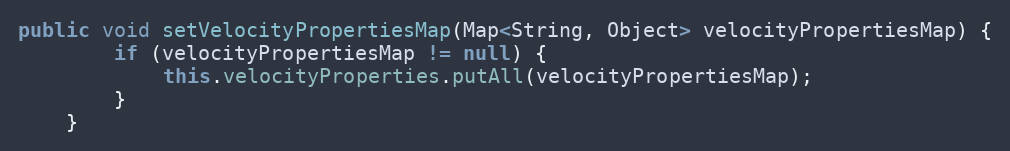
Language: Java
public void setVelocityPropertiesMap(Map<String, Object> velocityPropertiesMap) {
		if (velocityPropertiesMap != null) {
			this.velocityProperties.putAll(velocityPropertiesMap);
		}
	}